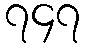
၇၄၇